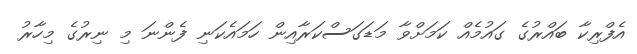
އެފްރިކާ ބައްރުގެ ގައުމެއް ކަމަށްވާ މަޑަގަސްކަރާއިން ހަމައެކަނި ފެންނަ މި ނިރުގެ މިހާރު